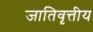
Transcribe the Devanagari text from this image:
जातिवृत्तीय